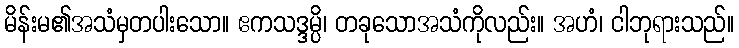
မိန်းမ၏အသံမှတပါးသော။ ဧကသဒ္ဒမ္ပိ၊ တခုသောအသံကိုလည်း။ အဟံ၊ ငါဘုရားသည်။